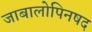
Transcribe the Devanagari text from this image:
जाबालोपिनषद